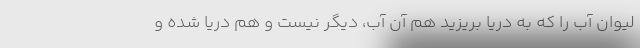
لیوان آب را که به دریا بریزید هم آن آب، دیگر نیست و هم دریا شده و